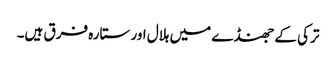
ترکی کے جھنڈے میں ہلال اور ستارہ فرق ہیں۔